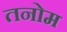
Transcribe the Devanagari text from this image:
तनोम